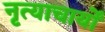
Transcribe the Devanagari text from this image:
नृत्याचार्यों